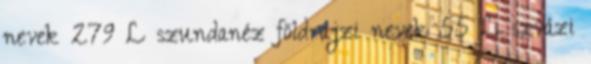
nevek‎ 279 L szundanéz földrajzi nevek‎ 55 L szvázi